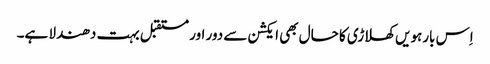
اِس بارہویں کھلاڑی کا حال بھی ایکشن سے دور اور مستقبل بہت دھندلا ہے۔